Problem: 48 + 36 = ?
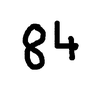
Handwritten answer: 84